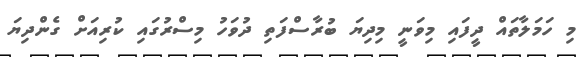
މި ހަމަލާތައް ދީފައި މިވަނީ މިދިޔަ ބުރާސްފަތި ދުވަހު މިސްރުގައި ކުރިއަށް ގެންދިޔަ